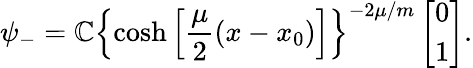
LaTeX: \psi_{-}=\mathbb{C}\left\{ \cosh\left[\frac{{\mu}}{{2}}(x-x_{0})\right]\right\} ^{-2\mu/m}\left[\begin{array}{c}{{0}}\\ {{1}}\end{array}\right].